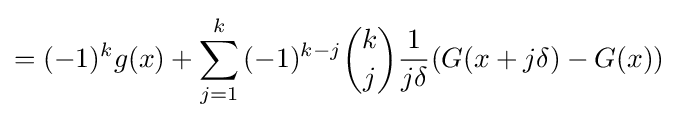
=(-1)^{k}g(x)+\sum _{j=1}^{k}{(-1)^{k-j}{\binom {k}{j}}{\frac {1}{j\delta }}(G(x+j\delta )-G(x))}